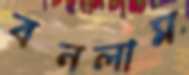
বনলাম